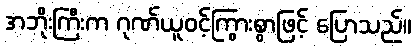
အဘိုးကြီးက ဂုဏ်ယူဝင့်ကြွားစွာဖြင့် ပြောသည်။